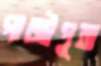
গাজীপুরা